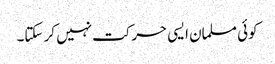
کوئی مسلمان ایسی حرکت نہیں کر سکتا۔